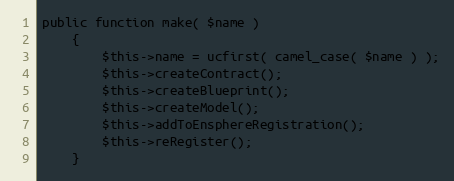
Language: PHP
public function make( $name )
	{
		$this->name = ucfirst( camel_case( $name ) );
		$this->createContract();
		$this->createBlueprint();
		$this->createModel();
		$this->addToEnsphereRegistration();
		$this->reRegister();
	}